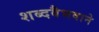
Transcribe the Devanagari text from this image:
शब्दवैभवाने